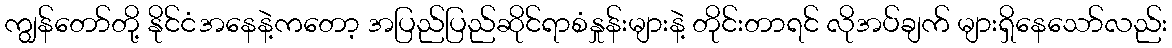
ကျွန်တော်တို့ နိုင်ငံအနေနဲ့ကတော့ အပြည်ပြည်ဆိုင်ရာစံနှုန်းများနဲ့ တိုင်းတာရင် လိုအပ်ချက် များရှိနေသော်လည်း